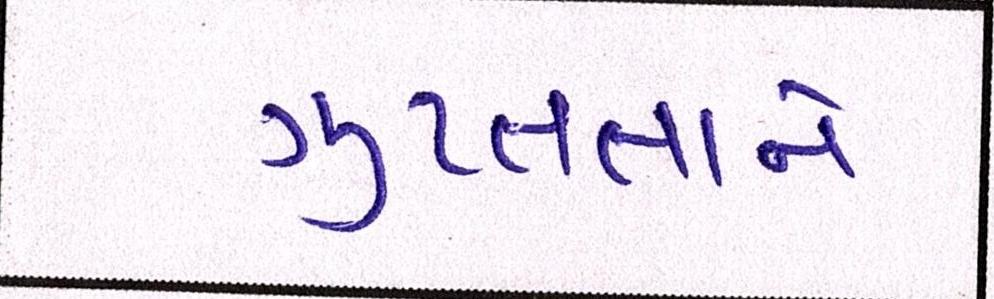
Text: ગુપ્તતાને